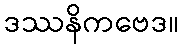
ဒဿနိကဗေဒ။